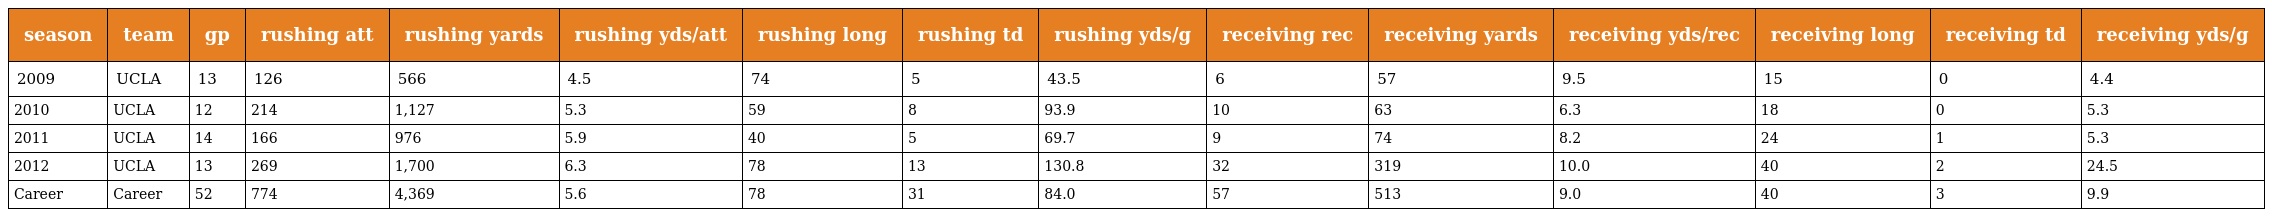
| season | team | gp | rushing att | rushing yards | rushing yds/att | rushing long | rushing td | rushing yds/g | receiving rec | receiving yards | receiving yds/rec | receiving long | receiving td | receiving yds/g |
 | --- | --- | --- | --- | --- | --- | --- | --- | --- | --- | --- | --- | --- | --- | --- |
 | 2009 | UCLA | 13 | 126 | 566 | 4.5 | 74 | 5 | 43.5 | 6 | 57 | 9.5 | 15 | 0 | 4.4 |
 | 2010 | UCLA | 12 | 214 | 1,127 | 5.3 | 59 | 8 | 93.9 | 10 | 63 | 6.3 | 18 | 0 | 5.3 |
 | 2011 | UCLA | 14 | 166 | 976 | 5.9 | 40 | 5 | 69.7 | 9 | 74 | 8.2 | 24 | 1 | 5.3 |
 | 2012 | UCLA | 13 | 269 | 1,700 | 6.3 | 78 | 13 | 130.8 | 32 | 319 | 10.0 | 40 | 2 | 24.5 |
 | Career | Career | 52 | 774 | 4,369 | 5.6 | 78 | 31 | 84.0 | 57 | 513 | 9.0 | 40 | 3 | 9.9 |